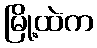
မြို့ထဲက